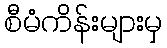
စီမံကိန်းများမှ